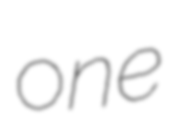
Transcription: one